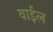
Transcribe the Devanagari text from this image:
वाईल